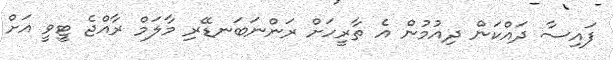
ފައިސާ ދައްކަން ދިއުމުން އެ ތާރީހަށް ރަންނަބަނޑޭރި މާލަމް ރާއްޖެ ޓީވީ އަށް